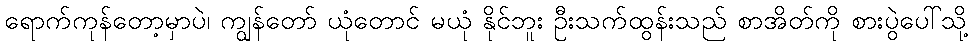
ရောက်ကုန်တော့မှာပဲ၊ ကျွန်တော် ယုံတောင် မယုံ နိုင်ဘူး ဦးသက်ထွန်းသည် စာအိတ်ကို စားပွဲပေါ်သို့